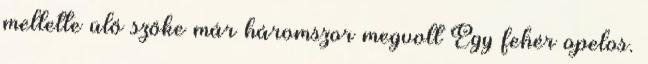
mellette ülő szőke már háromszor megvolt Egy fehér opelos.